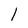
Character: l